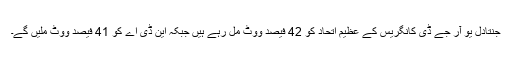
جنتادل یو آر جے ڈی کانگریس کے عظیم اتحاد کو 42 فیصد ووٹ مل رہے ہیں جبکہ این ڈی اے کو 41 فیصد ووٹ ملیں گے۔